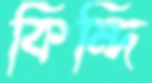
কিন্দি